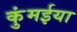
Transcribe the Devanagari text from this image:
कुंमईया